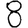
Digit: 8